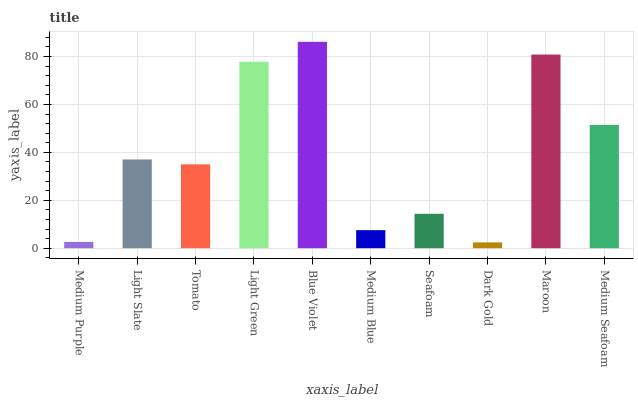
| xaxis_label | bars |
 | --- | --- |
 | Medium Purple | 2.62 |
 | Light Slate | 37 |
 | Tomato | 35 |
 | Light Green | 77.8 |
 | Blue Violet | 86.1 |
 | Medium Blue | 7.53 |
 | Seafoam | 14.4 |
 | Dark Gold | 2.43 |
 | Maroon | 80.8 |
 | Medium Seafoam | 51.4 |